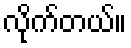
လိုက်တယ်။